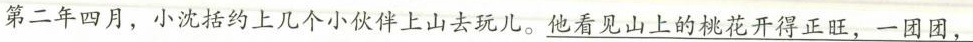
第二年四月，小沈括约上几个小伙伴上山去玩儿。\underline{他看见山上的桃花开得正旺，一团团，